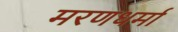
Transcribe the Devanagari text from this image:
मरणधर्मा